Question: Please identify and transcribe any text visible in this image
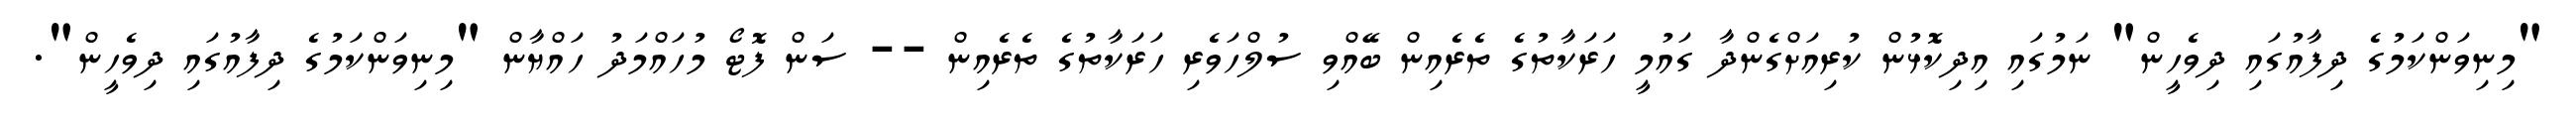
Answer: "މިނިވަންކަމުގެ ދިފާއުގައި ދިވެހީން" ނަމުގައި އިދިކޮޅުން ކުރިއަށްގެންދާ ގައުމީ ހަރަކާތުގެ ތެރެއިން ބޭއްވި ސުލްހަވެރި ހަރަކާތުގެ ތެރެއިން -- ސަން ފޮޓޯ މުހައްމަދު ހައްޔާން "މިނިވަންކަމުގެ ދިފާއުގައި ދިވެހީން".